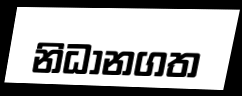
නිධානගත